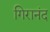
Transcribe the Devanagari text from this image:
गिरानंद